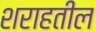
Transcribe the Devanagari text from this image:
शराहतील